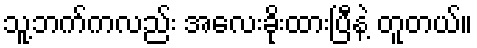
သူ့ဘက်ကလည်း အလေးခိုးထားပြီနဲ့ တူတယ်။